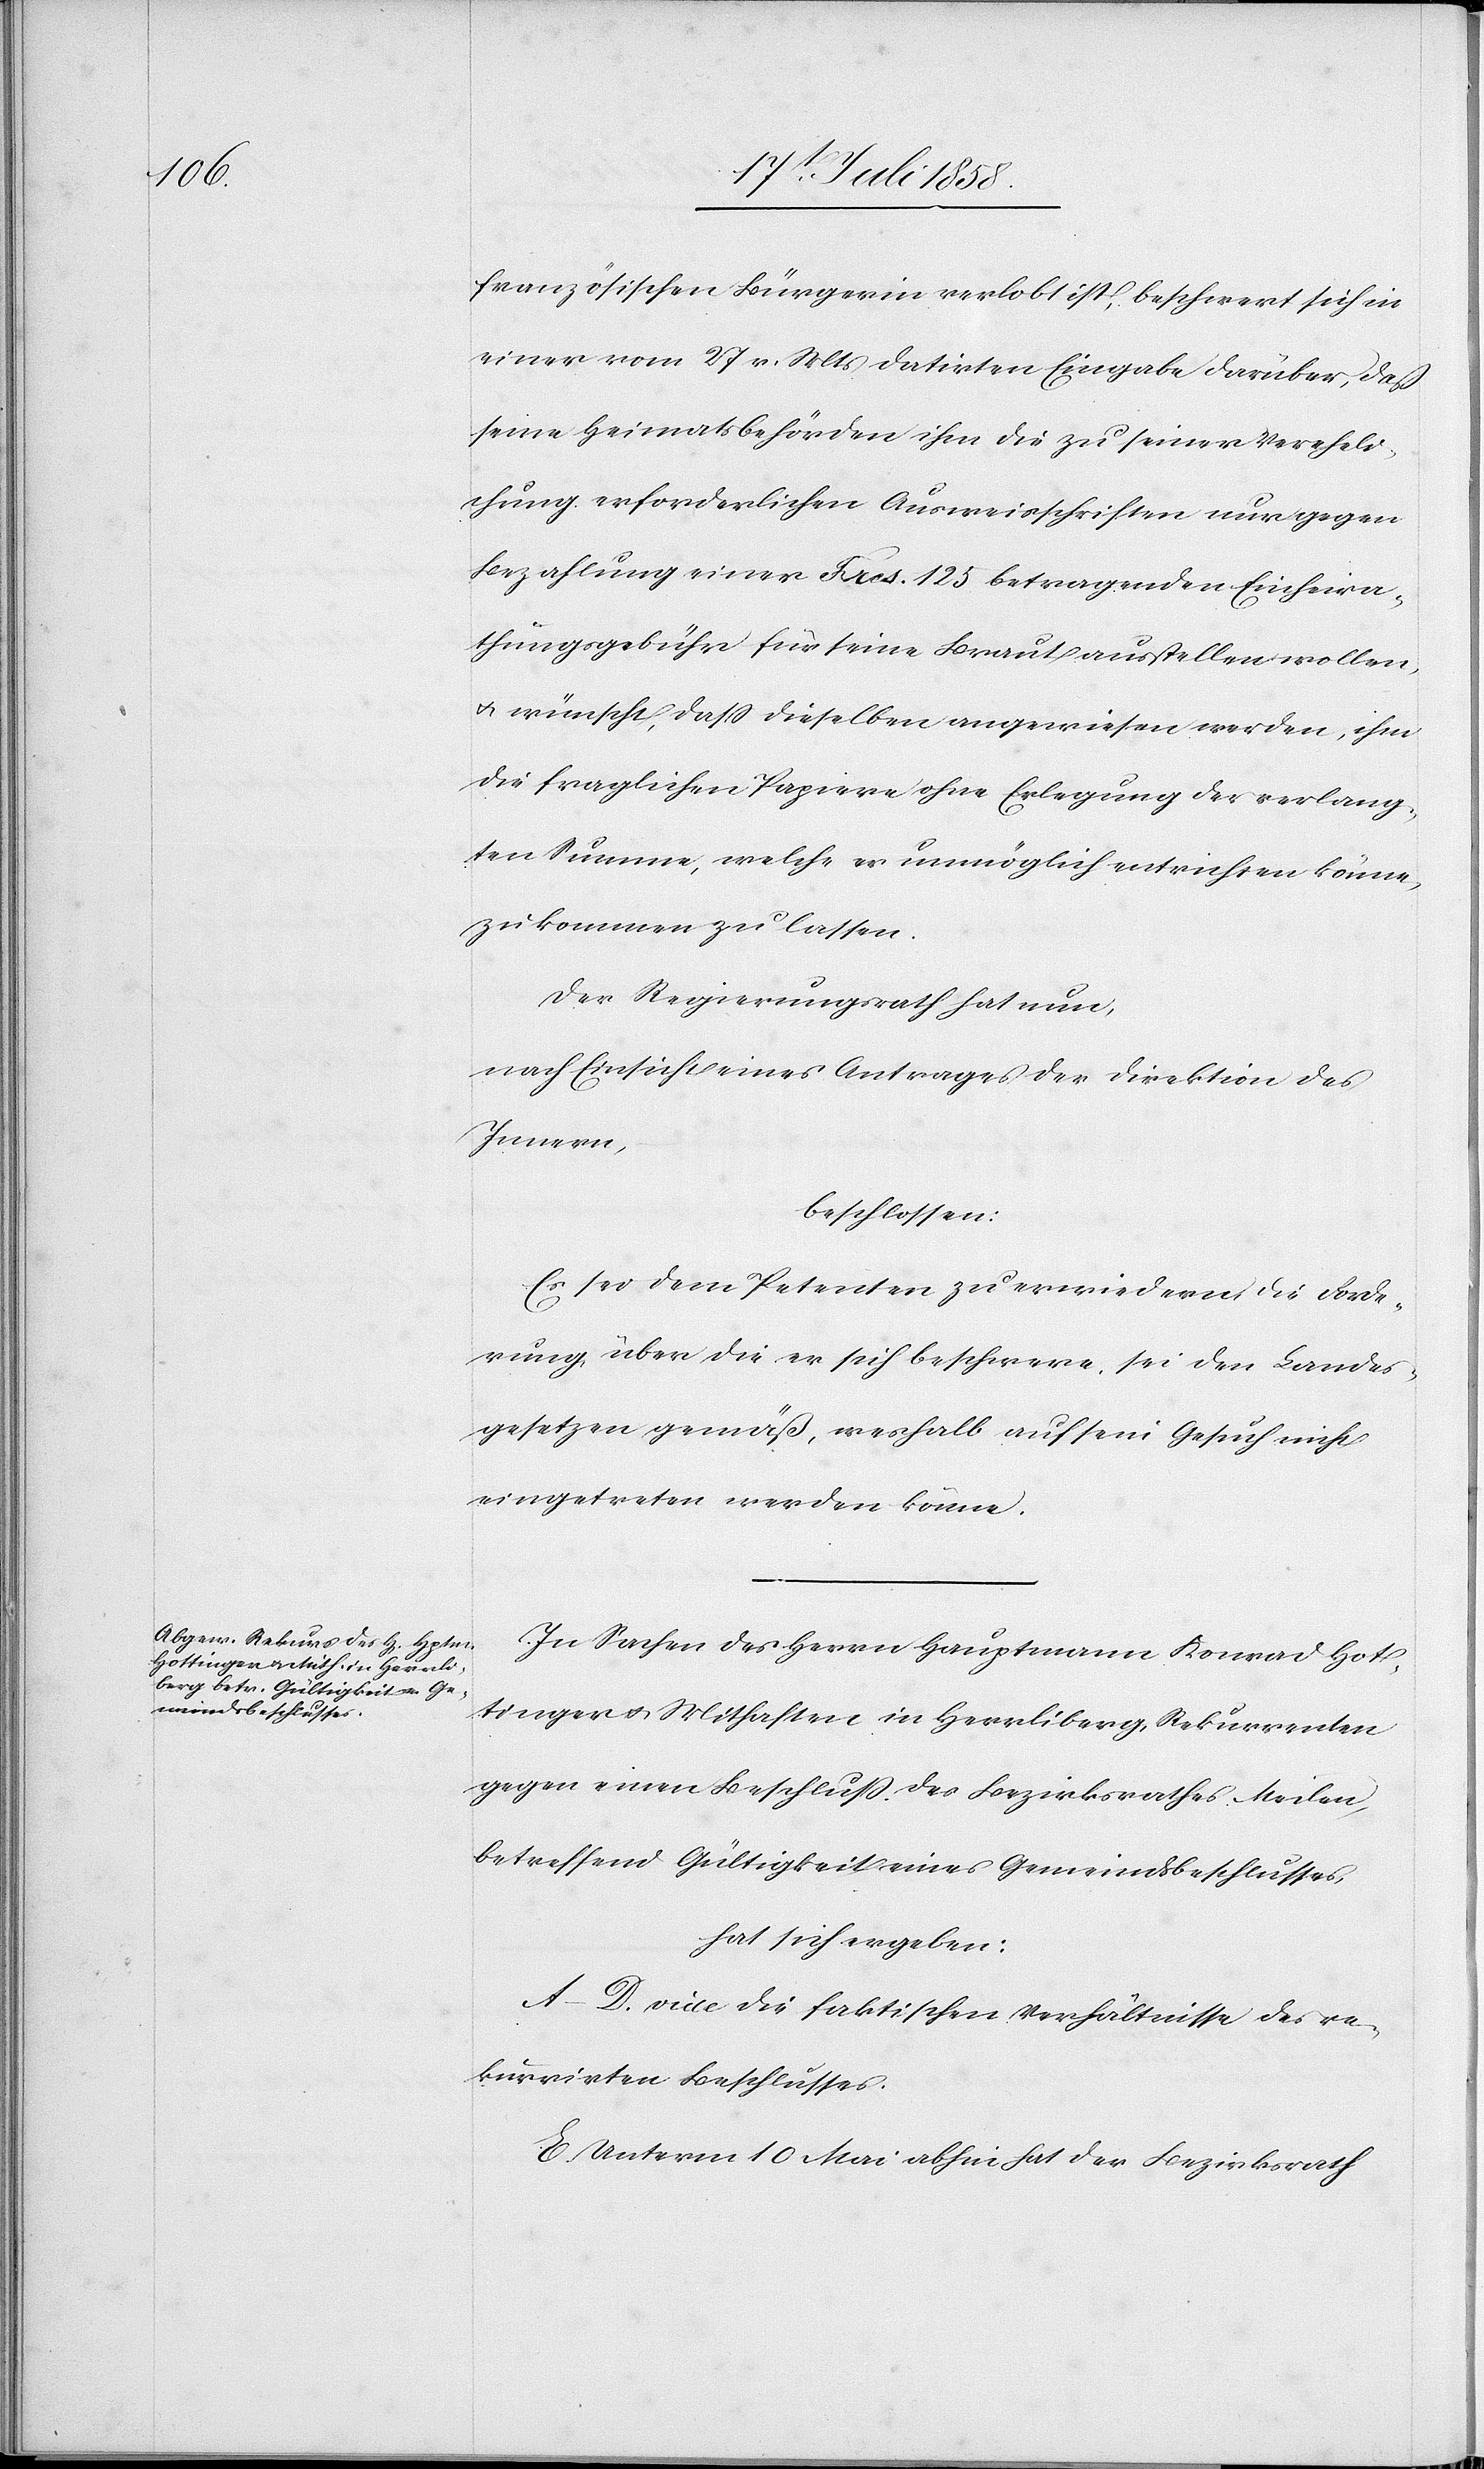
französischen Bürgerin verlobt ist, beschwert sich in
einer vom 27 v. Mts datirten Eingabe darüber, daß
seine Heimatsbehörden ihm die zu seiner Vereheli¬
chung erforderlichen Ausweisschriften nur gegen
Bezahlung einer Frcs. 125 betragenden Einheira¬
thungsgebühr für seine Braut ausstellen wollen,
& wünscht, dass dieselben angewiesen werden, ihm
die fraglichen Papiere ohne Erlegung der verlang¬
ten Summe, welche er unmöglich entrichten könne,
zukommen zu lassen.
Der Regierungsrath hat nun,
nach Einsicht eines Antrages der Direktion des
Innern,
beschlossen:
Es sei dem Petenten zu erwiedern, die Forde¬
rung, über die er sich beschwere, sei den Landes¬
gesetzen gemäß, weshalb auf sein Gesuch nicht
eingetreten werden könne.
In Sachen des Herrn Hauptmann Konrad Hot¬
tinger & Mithaften in Herrliberg, Rekurrenten
gegen einen Beschluss des Bezirksrathes Meilen,
betreffend Gültigkeit eines Gemeindsbeschlusses,
hat sich ergeben:
A–D. vide die faktischen Verhältnisse des re¬
kurrirten Beschlusses.
E. Unterm 10 Mai abhin hat der Bezirksrath